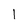
Character: 1